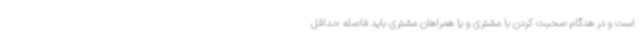
است و در هنگام صحبت کردن با مشتری و یا همراهان مشتری باید فاصله حداقل